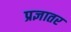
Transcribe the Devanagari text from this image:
प्रज्ञातर